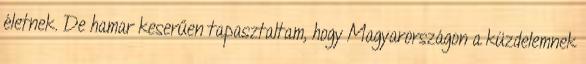
életnek. De hamar keserűen tapasztaltam, hogy Magyarországon a küzdelemnek